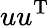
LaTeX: uu^{\mathrm{T}}